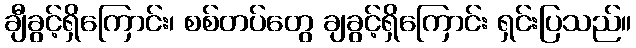
ချီခွင့်ရှိကြောင်း၊ စစ်တပ်တွေ ချခွင့်ရှိကြောင်း ရှင်းပြသည်။